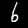
Digit: 6